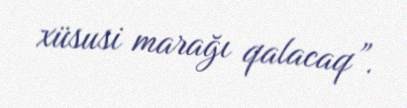
xüsusi marağı qalacaq”.